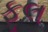
ફૂલ